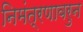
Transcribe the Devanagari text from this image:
निमंत्रणावरुन